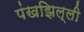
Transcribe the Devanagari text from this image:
पंखझिल्ली